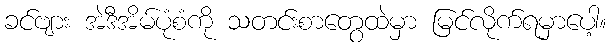
ခင်ဗျား အဲဒီအိမ်ပုံစံကို သတင်းစာတွေထဲမှာ မြင်လိုက်ရမှာပေါ့။